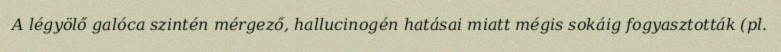
A légyölő galóca szintén mérgező, hallucinogén hatásai miatt mégis sokáig fogyasztották (pl.